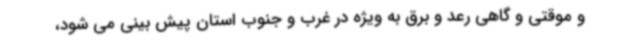
و موقتی و گاهی رعد و برق به ویژه در غرب و جنوب استان پیش بینی می شود،